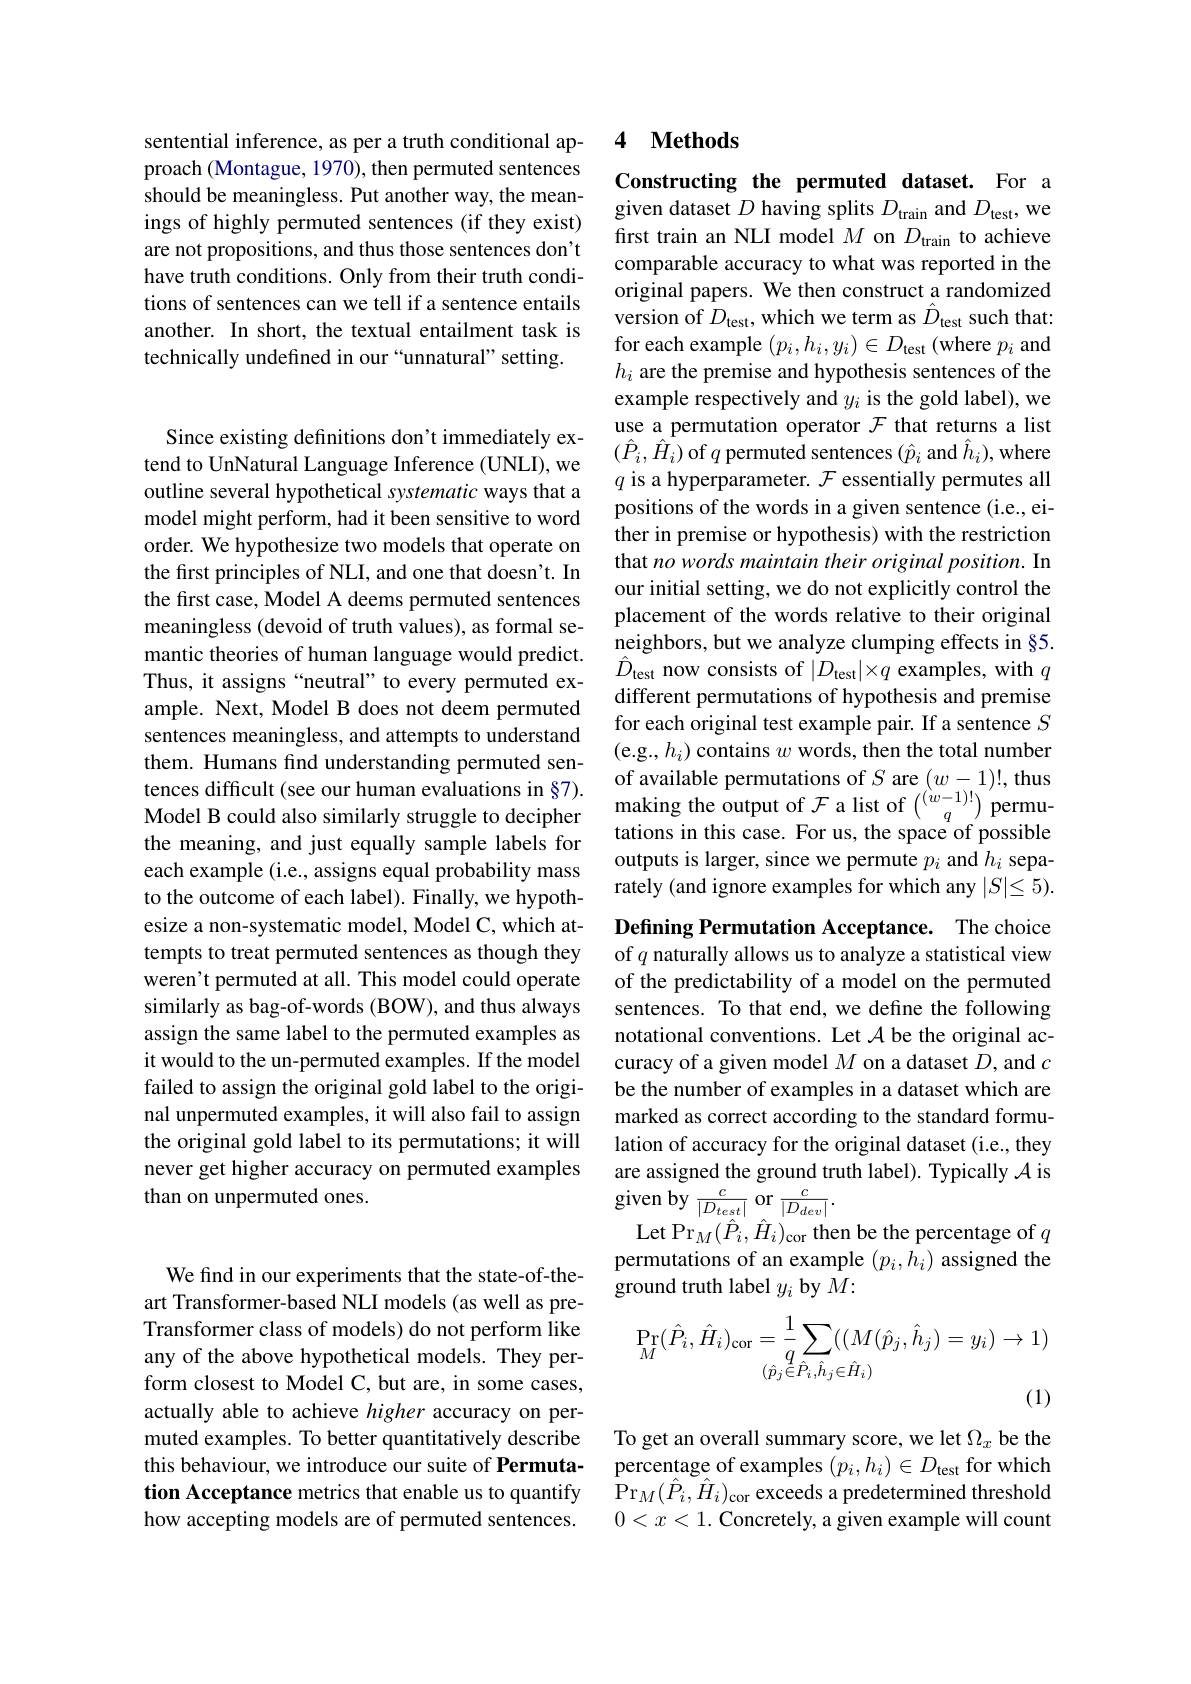
sentential inference, as per a truth conditional approach (Montague, 1970), then permuted sentences should be meaningless. Put another way, the meanings of highly permuted sentences (if they exist) are not propositions, and thus those sentences don't have truth conditions. Only from their truth conditions of sentences can we tell if a sentence entails another. In short, the textual entailment task is technically undefined in our “unnatural” setting.

Since existing definitions don't immediately extend to UnNatural Language Inference (UNLI), we outline several hypothetical systematic ways that a model might perform, had it been sensitive to word order. We hypothesize two models that operate on the first principles of NLI, and one that doesn't. In the first case, Model A deems permuted sentences meaningless (devoid of truth values), as formal semantic theories of human language would predict. Thus, it assigns“neutral” to every permuted example. Next, Model B does not deem permuted sentences meaningless, and attempts to understand them. Humans find understanding permuted sentences difficult (see our human evaluations in §7). the meaning, and just equally sample labels for each example (i.e., assigns equal probability mass to the outcome of each label). Finally, we hypothesize a non-systematic model, Model C, which attempts to treat permuted sentences as though they weren't permuted at all. This model could operate similarly as bag-of-words (BOW), and thus always assign the same label to the permuted examples as it would to the un-permuted examples. If the model failed to assign the original gold label to the original unpermuted examples, it will also fail to assign the original gold label to its permutations; it will never get higher accuracy on permuted examples than on unpermuted ones.

We find in our experiments that the state-of-theart Transformer-based NLI models (as well as preTransformer class of models) do not perform like any of the above hypothetical models. They perform closest to Model C, but are, in some cases, actually able to achieve higher accuracy on permuted examples. To better quantitatively describe this behaviour, we introduce our suite of Permutation Acceptance metrics that enable us to quantify how accepting models are of permuted sentences.

## 4 $\textbf{Methods}$

Constructing the permuted dataset. For a given dataset $D$ having splits $D_\mathrm{train}$ and $D_\mathrm{test}$, we first train an NLI model $M$ on $D_\mathrm{train}$ to achieve comparable accuracy to what was reported in the original papers. We then construct a randomized version of $D_{\mathrm{test}}$,which we term as $\hat{D}_{\mathrm{test}}$ such that: for each example $(p_i,h_i,y_i)\in D_{\mathrm{test}}$ (where $p_i$ and $h_i$ are the premise and hypothesis sentences of the example respectively and $y_i$ is the gold label), we use a permutation operator $\mathcal{F}$ that returns a list $(\hat{P}_{i},\hat{H}_{i})$ of $q$ permuted sentences $(\hat{p}_{i}$ and $\hat{h}_{i})$,where $q$ is a hyperparameter. $\mathcal{F}$ essentially permutes all positions of the words in a given sentence (i.e., either in premise or hypothesis) with the restriction that no words maintain their original position. In our initial setting, we do not explicitly control the placement of the words relative to their original neighbors, but we analyze clumping effects in §5. $\hat{D}_{\mathrm{test~now~consists~of~}}|D_{\mathrm{test}}|\times q$ examples, with $q$ different permutations of hypothesis and premise for each original test example pair. If a sentence $S$ (e.g., $h_i)$ contains $w$ words, then the total number of available permutations of $S$ are $(w-1)!$, thus
tences dıftıcult (see our human evaluatıons ın§/). making the output of $\mathcal{F}$ a list of $\binom{(w-1)!}q$ permu-
tations in this case. For us, the space of possible outputs is larger, since we permute $p_i$ and $h_i$ separately (and ignore examples for which any $|S|\leq5).$ Defining Permutation Acceptance. The choice

of $q$ naturally allows us to analyze a statistical view

of the predictability of a model on the permuted

sentences. To that end, we define the following

notational conventions. Let $\mathcal{A}$ be the original ac-

curacy of a given model $M$ on a dataset $D$, and $c$

be the number of examples in a dataset which are

marked as correct according to the standard formu-

lation of accuracy for the original dataset (i.e., they

are assigned the ground truth label). Typically $\mathcal{A}$ is

given by $\frac{c}{|D_{test}|}$ or $\frac{c}{|D_{dev}|}.$
Let Pr$_M(\hat{P}_i,\hat{H}_i)_{\mathrm{cor}}$ then be the percentage of $q$ permutations of an example $(p_i,h_i)$ assigned the ground truth label $y_i$ by $M:$
$$\begin{aligned}&\Pr_{M}(\hat{P}_{i},\hat{H}_{i})_{\mathrm{cor}}=\frac{1}{q}\sum_{(\hat{p}_{j}\in\hat{P}_{i},\hat{h}_{j}\in\hat{H}_{i})}(M(\hat{p}_{j},\hat{h}_{j})=y_{i})\to1)\\\end{aligned}$$
(1)

To get an overall summary score, we let $\Omega_x$ be the percentage of examples $(p_i,h_i)\in D_{\mathrm{test}}$ for which $\operatorname*{Pr}_{M}(\hat{P}_{i},\hat{H}_{i})_{\mathrm{cor}}$ exceeds a predetermined threshold $0<x<1.$ Concretely, a given example will count